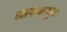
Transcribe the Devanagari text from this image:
जयत्रययुतः